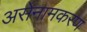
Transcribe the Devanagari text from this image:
असेनामकरण